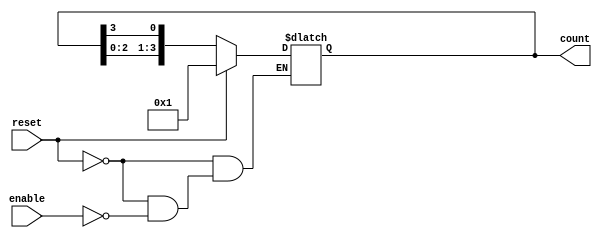
module async_ring_counter (
    input wire reset,          // Asynchronous reset input
    input wire enable,        // Enable signal to start counting
    output reg [N-1:0] count  // Counter output
);
    parameter N = 4; // Number of flip-flops (states)

    // Initial state for the counter
    initial begin
        count = 1'b1; // Set the first flip-flop to '1' and others to '0'
    end

    // Asynchronous process for the ring counter
    always @(*) begin
        if (reset) begin
            count = 1'b1; // Reset to initial state
        end else if (enable) begin
            // Shift the '1' to the next flip-flop
            count = {count[N-2:0], count[N-1]};
        end
    end
endmodule